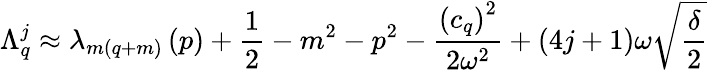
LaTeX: \Lambda_{q}^{j}\approx\lambda_{m(q+m)}\left(p\right)+\frac{1}{2}-m^{2}-p^{2}-\frac{\left(c_{q}\right)^{2}}{2\omega^{2}}+(4j+1)\omega\sqrt{\frac{\delta}{2}}